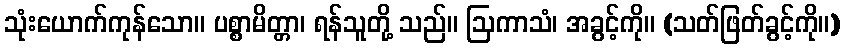
သုံးယောက်ကုန်သော။ ပစ္စာမိတ္တာ၊ ရန်သူတို့ သည်။ ဩကာသံ၊ အခွင့်ကို။ (သတ်ဖြတ်ခွင့်ကို။)